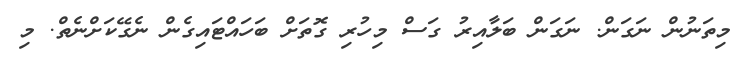
މިތަނުން ނަގަން. ނަގަން ބަލާއިރު ގަސް މިހުރި ގޮތަށް ބަހައްޓައިގެން ނެގޭކަށްނެތް. މި